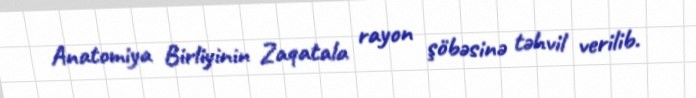
Anatomiya Birliyinin Zaqatala rayon şöbəsinə təhvil verilib.